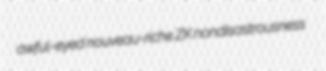
awful-eyed nouveau-riche ZK nondisastrousness